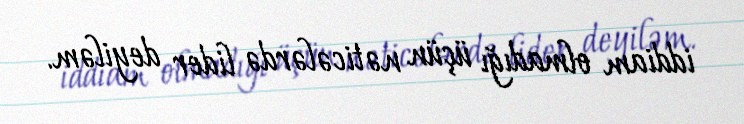
iddiam olmadığı üçün nəticələrdə lider deyiləm.